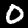
Digit: 0